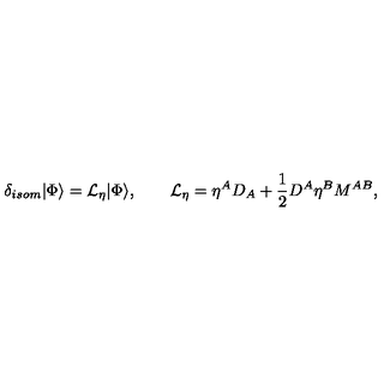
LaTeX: \delta _ { i s o m } | \Phi \rangle = { \cal L } _ { \eta } | \Phi \rangle , \qquad { \cal L } _ { \eta } = \eta ^ { A } D _ { A } + \frac { 1 } { 2 } D ^ { A } \eta ^ { B } M ^ { A B } ,